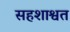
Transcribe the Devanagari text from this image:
सहशाश्वत